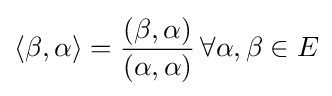
\langle \beta ,\alpha \rangle ={\frac {(\beta ,\alpha )}{(\alpha ,\alpha )}}\,\forall \alpha ,\beta \in E